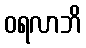
ဝရလာဘိ